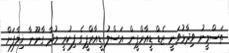
ތަސްމީނު ވިދާޅުވަނީ ޒެޑް ޑީއާރްޕީން އަސްލު ޑީއާރްޕީގެ ފިކުރީ މުދާ ގާނޫނާ ޚިލާފަށް